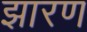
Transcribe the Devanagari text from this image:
झारण